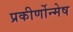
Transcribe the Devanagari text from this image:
प्रकीर्णोन्मेष